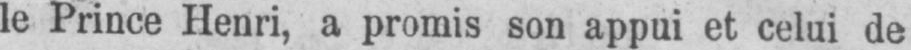
le Prince Henri, a promis son appui et celui de